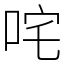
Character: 咤